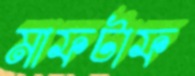
মাফটাফ